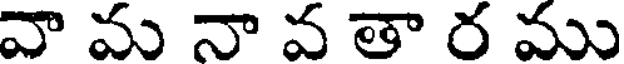
వా మ నా వ తా ర ము